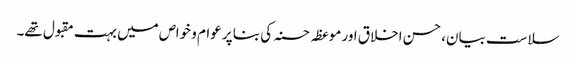
سلاست بیان، حسن اخلاق اور موعظہ حسنہ کی بنا پر عوام و خواص میں بہت مقبول تھے۔